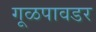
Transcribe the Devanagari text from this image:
गूळपावडर